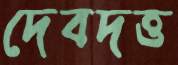
দেবদত্ত